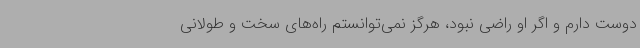
دوست دارم و اگر او راضی نبود، هرگز نمی‌توانستم راه‌های سخت و طولانی